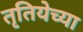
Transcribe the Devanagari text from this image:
तृतियेच्या